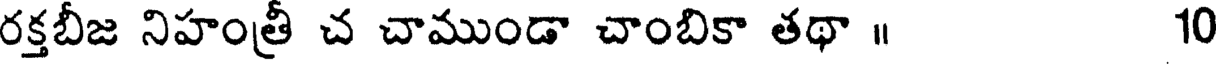
రక్తబీజ నిహంత్రీ చ చాముండా చాంబికా తథా ॥ 10